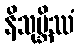
နိသုမ္ဘိဿံ